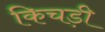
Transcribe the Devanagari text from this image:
किचड़ी